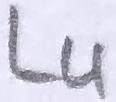
Text: L4